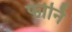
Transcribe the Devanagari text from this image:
फोर्नि